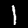
Digit: 1